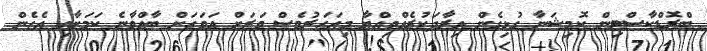
ބްރޮޑްކާސްޓިން ކޮމިޝަނާ ގުޅިގެން އިރާދަކުރެއްވިއްޔާ މިއަހަރުވެސް ވަރަށް އަވަހަށް ބާއްވާނެ ކަމަށާއި އެހެން